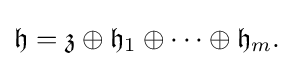
\displaystyle {{\mathfrak {h}}={\mathfrak {z}}\oplus {\mathfrak {h}}_{1}\oplus \cdots \oplus {\mathfrak {h}}_{m}.}